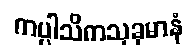
ကပ္ပါသိကသုခုမာနံ